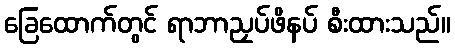
ခြေထောက်တွင် ရာဘာညှပ်ဖိနပ် စီးထားသည်။